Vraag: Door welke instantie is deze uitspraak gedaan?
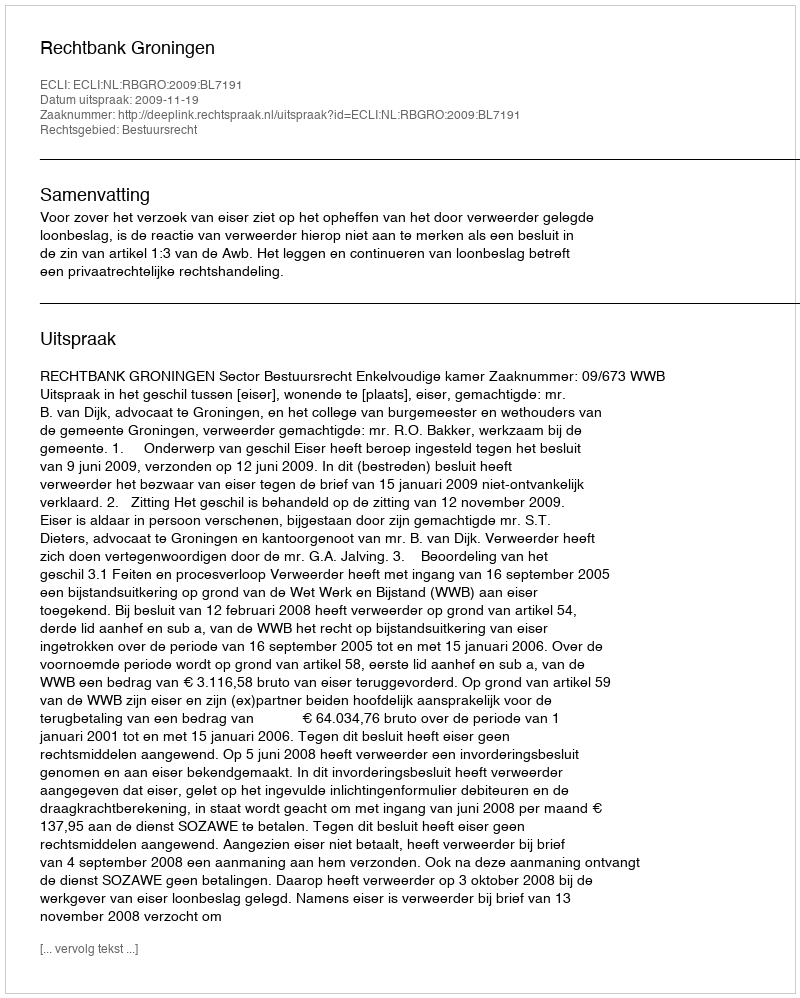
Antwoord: Rechtbank Groningen